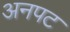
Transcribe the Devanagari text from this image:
अनपट